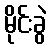
မိုင်းခွဲ